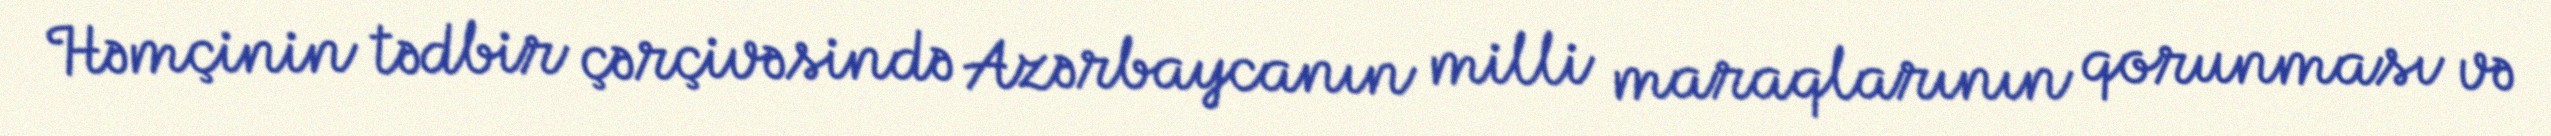
Həmçinin tədbir çərçivəsində Azərbaycanın milli maraqlarının qorunması və